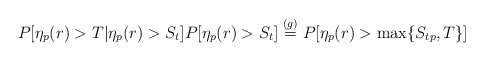
\begin{align*}P[\eta_p(r)>T|\eta_p(r)>S_t]P[\eta_p(r)>S_t]\stackrel{(g)}{=}P[\eta_p(r)>\max\{S_{tp},T\}]\end{align*}